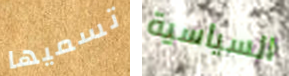
تسميها السياسية